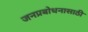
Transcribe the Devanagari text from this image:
जनप्रबोधनासाठी